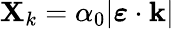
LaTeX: \mathbf{X}_{k}=\alpha_{0}|\boldsymbol{\varepsilon}\cdot\mathbf{{k}}|